Civil Veterinary Dept. North-West Frontier Province 1933-46 - 1933-1946
Year: 1933
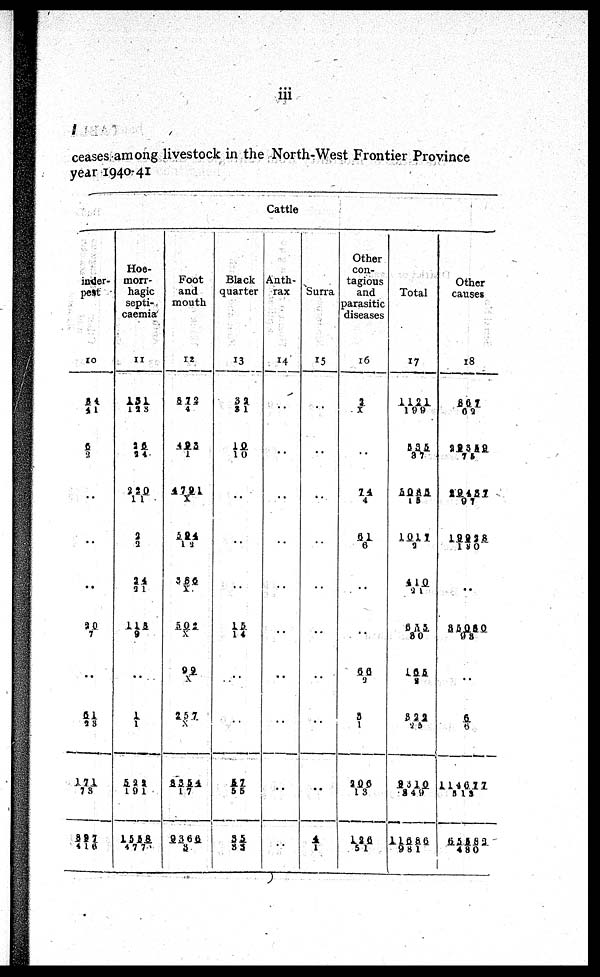
iii
ceases among livestock in the North-West Frontier Province
year 1940-41
Cattle
Rinder-
pest
10
84/41
6/3
..
..
..
20/7
..
61/23
171/73
397/416
Hoe-
morr-
hagic
septi-
caemia
11
131/123
26/24
220/11
2/2
24/21
115/9
..
1/ 1
523/191
1558/477
Foot
and
mouth
12
572/4
493/1
4721/X
594/12
386/X
502/X
99/ X
257/X
8354/17
9366/ 3
Black
quarter
13
32/31
10/ 10
..
..
..
15/14
..
..
57/55
35/83
Anth-
rax
14
..
..
..
..
..
..
..
..
..
..
Surra
15
..
..
..
..
..
..
..
..
..
4/1
Other
con-
tagious
and
parasitic
diseases
16
2/X
..
74/4
61/6
..
..
66/2
3/1
206/13
126/51
Total
17
1121/199
535/87
5085/15
1017/2
410/21
655/80
165/2
822/25
9310/849
11686/981
Other
causes
18
867/62
29359/75
29457/97
19928/180
..
85080/95
..
6/5
114677/513
65583/480